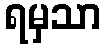
ရမှသာ